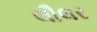
લૌલર